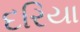
દરિયા